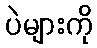
ပဲများကို